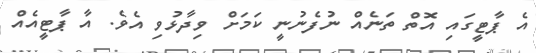
އެ ޕާޓީގައި އޮތް ތަނެއް ނުފެނުނީ ކަަމަށް ވިދާޅުވި އެވެ. އާ ޕާޓީއެއް